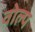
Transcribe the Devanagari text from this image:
वोल्प